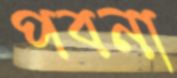
পবনা